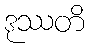
ဒုဿတိ